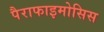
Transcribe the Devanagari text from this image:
पैराफाइमोसिस